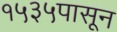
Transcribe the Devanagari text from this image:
१५३५पासून